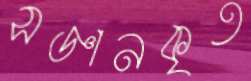
সজ্ঞানকৃত